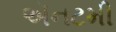
ઍનટમી